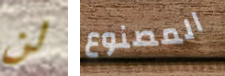
لن المصنوع